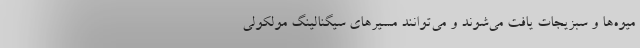
میوه‌ها و سبزیجات یافت می‌شوند و می‌توانند مسیرهای سیگنالینگ مولکولی